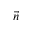
\vec { n }